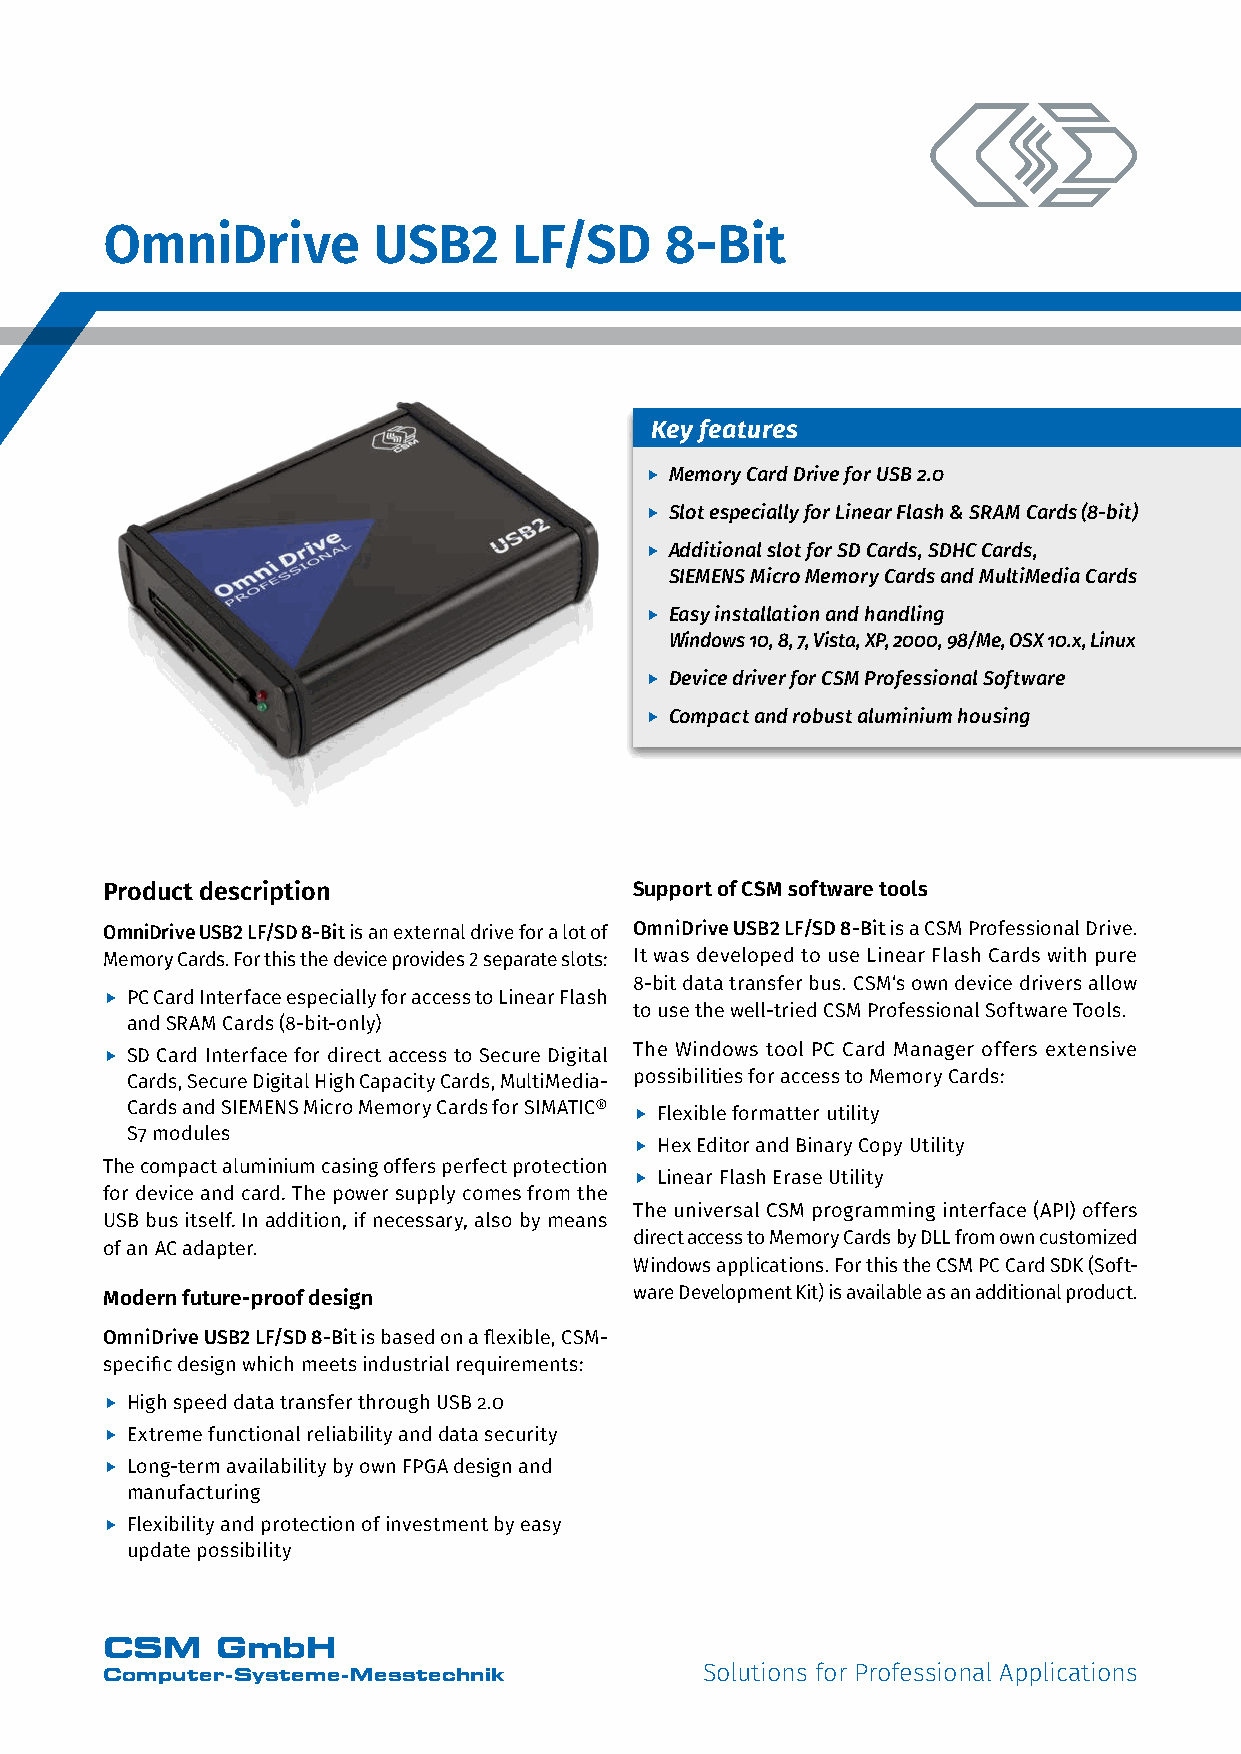
OmniDrive         USB2     LF/SD     8-Bit
 Key features
 f Memory Card Drive for USB 2.0
 f Slot especially for Linear Flash & SRAM Cards (8-bit)
 f Additional slot for SD Cards, SDHC Cards,
 SIEMENS Micro Memory Cards and MultiMedia Cards
 f Easy installation and handling
 Windows 10, 8, 7, Vista, XP, 2000, 98/Me, OSX 10.x, Linux
 f Device driver for CSM Professional Software
 f Compact and robust aluminium housing
 Product description                Support of CSM software tools
 OmniDrive USB2 LF/SD 8-Bit is an external drive for a lot of OmniDrive USB2 LF/SD 8-Bit is a CSM Professional Drive.
 Memory Cards. For this the device provides 2 separate slots: It was developed to use Linear Flash Cards with pure
 8-bit data transfer bus. CSM‘s own device drivers allow
 f PC Card Interface especially for access to Linear Flash
 to use the well-tried CSM Professional Software Tools.
 and SRAM Cards (8-bit-only)
 The Windows tool PC Card Manager offers extensive
 f SD Card Interface for direct access to Secure Digital
 Cards, Secure Digital High Capacity Cards, MultiMedia- possibili ties for access to Memory Cards:
 Cards and SIEMENS Micro Memory Cards for SIMATIC® f Flexible formatter utility
 S7 modules
 f Hex Editor and Binary Copy Utility
 The compact aluminium casing offers perfect protection
 f Linear Flash Erase Utility
 for device and card. The power supply comes from the
 The universal CSM programming interface (API) offers
 USB bus itself. In addition, if necessary, also by means
 direct access to Memory Cards by DLL from own customized
 of an AC adapter.
 Windows applications. For this the CSM PC Card SDK (Soft-
 Modern future-proof design         ware Development Kit) is available as an additional product.
 OmniDrive USB2 LF/SD 8-Bit is based on a flexible, CSM-
 specific design which meets industrial requirements:
 f High speed data transfer through USB 2.0
 f Extreme functional reliability and data security
 f Long-term availability by own FPGA design and
 manufacturing
 f Flexibility and protection of investment by easy
 update possibility
 CSM    GmbH
 Computer-Systeme-Messtechnik            Solutions for Professional Applications